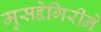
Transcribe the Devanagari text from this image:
मुसद्देगिरीने